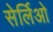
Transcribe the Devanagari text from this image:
सेर्लिओ